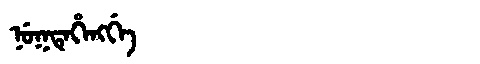
Manchu: ᠨᡠᡴᡨᡝᡥᡝᠩᡤᡝ
Romanization: NUKTEHENGGE